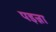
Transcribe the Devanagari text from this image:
पइन्ना